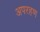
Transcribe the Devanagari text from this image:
अपरहण